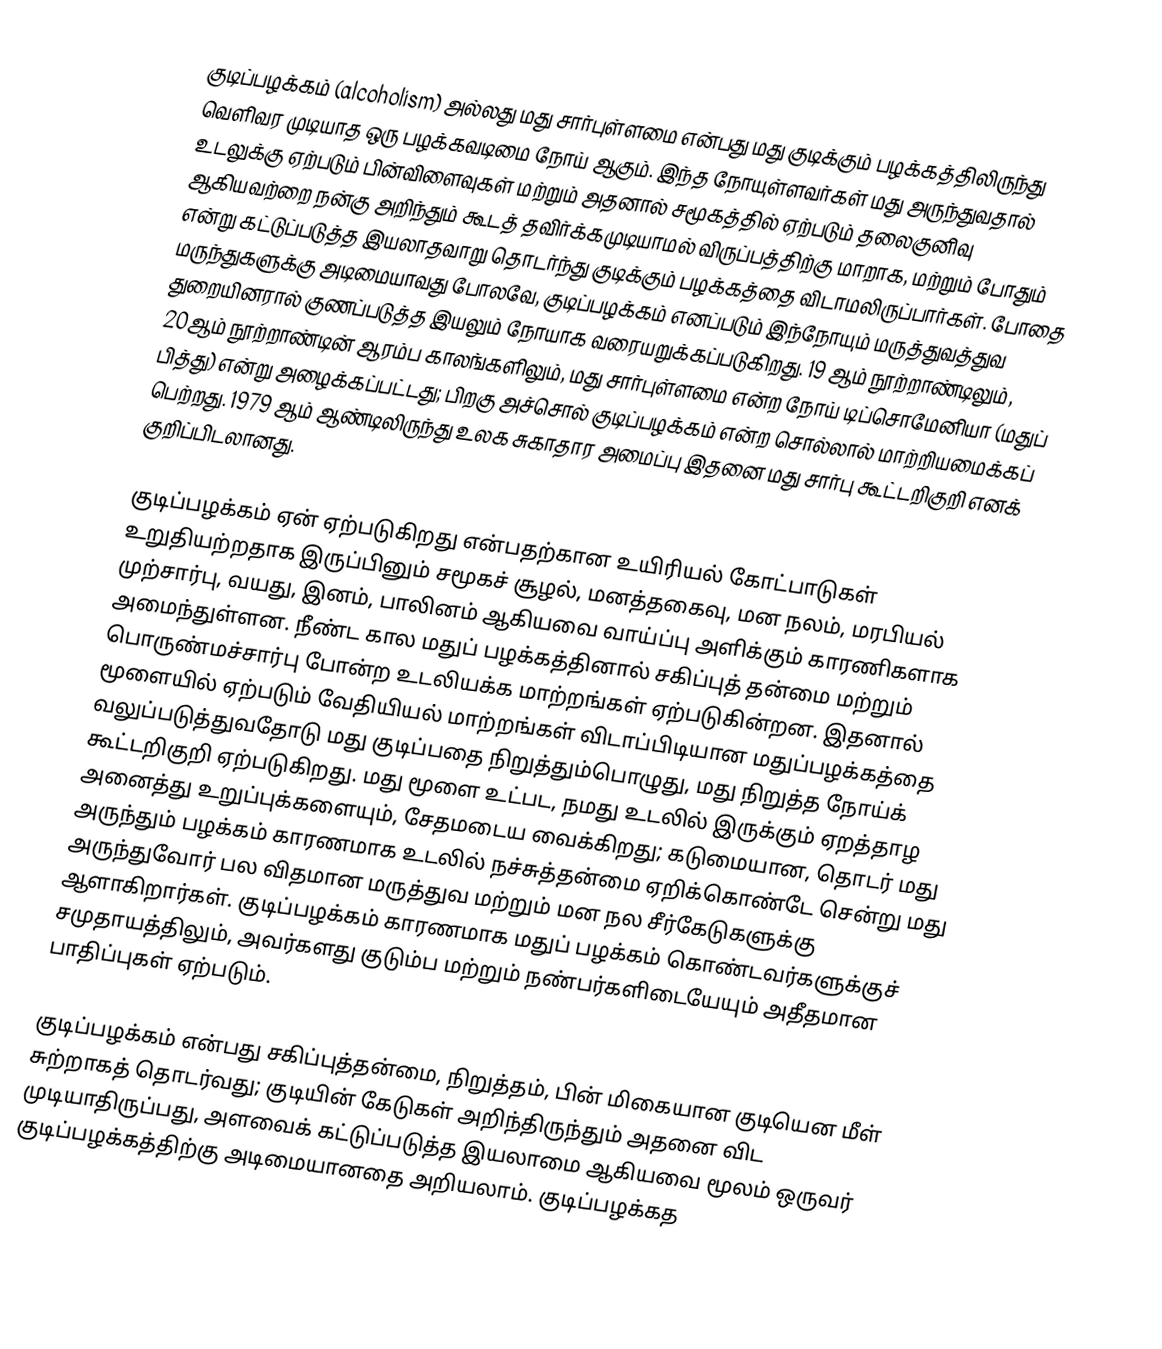
குடிப்பழக்கம் (alcoholism) அல்லது மது சார்புள்ளமை என்பது மது குடிக்கும் பழக்கத்திலிருந்து வெளிவர முடியாத ஒரு பழக்கவடிமை நோய் ஆகும். இந்த நோயுள்ளவர்கள் மது அருந்துவதால் உடலுக்கு ஏற்படும் பின்விளைவுகள் மற்றும் அதனால் சமூகத்தில் ஏற்படும் தலைகுனிவு ஆகியவற்றை நன்கு அறிந்தும் கூடத் தவிர்க்கமுடியாமல் விருப்பத்திற்கு மாறாக, மற்றும் போதும் என்று கட்டுப்படுத்த இயலாதவாறு  தொடர்ந்து குடிக்கும் பழக்கத்தை விடாமலிருப்பார்கள். போதை மருந்துகளுக்கு அடிமையாவது போலவே, குடிப்பழக்கம் எனப்படும் இந்நோயும் மருத்துவத்துவ துறையினரால்  குணப்படுத்த இயலும் நோயாக வரையறுக்கப்படுகிறது. 19 ஆம் நூற்றாண்டிலும், 20ஆம் நூற்றாண்டின் ஆரம்ப காலங்களிலும், மது சார்புள்ளமை என்ற நோய் டிப்சொமேனியா (மதுப் பித்து) என்று அழைக்கப்பட்டது; பிறகு அச்சொல் குடிப்பழக்கம் என்ற சொல்லால் மாற்றியமைக்கப் பெற்றது. 1979 ஆம் ஆண்டிலிருந்து உலக சுகாதார அமைப்பு இதனை மது சார்பு கூட்டறிகுறி எனக் குறிப்பிடலானது.

குடிப்பழக்கம் ஏன் ஏற்படுகிறது என்பதற்கான உயிரியல் கோட்பாடுகள் உறுதியற்றதாக இருப்பினும் சமூகச் சூழல், மனத்தகைவு, மன நலம், மரபியல் முற்சார்பு, வயது, இனம், பாலினம் ஆகியவை வாய்ப்பு அளிக்கும் காரணிகளாக அமைந்துள்ளன. நீண்ட கால மதுப் பழக்கத்தினால் சகிப்புத் தன்மை மற்றும் பொருண்மச்சார்பு போன்ற உடலியக்க மாற்றங்கள் ஏற்படுகின்றன. இதனால் மூளையில் ஏற்படும்  வேதியியல் மாற்றங்கள் விடாப்பிடியான மதுப்பழக்கத்தை வலுப்படுத்துவதோடு மது குடிப்பதை நிறுத்தும்பொழுது, மது நிறுத்த நோய்க் கூட்டறிகுறி ஏற்படுகிறது. மது மூளை உட்பட, நமது உடலில் இருக்கும் ஏறத்தாழ அனைத்து உறுப்புக்களையும், சேதமடைய வைக்கிறது; கடுமையான, தொடர் மது அருந்தும் பழக்கம் காரணமாக உடலில் நச்சுத்தன்மை ஏறிக்கொண்டே சென்று மது அருந்துவோர் பல விதமான மருத்துவ மற்றும் மன நல சீர்கேடுகளுக்கு ஆளாகிறார்கள். குடிப்பழக்கம் காரணமாக மதுப் பழக்கம் கொண்டவர்களுக்குச் சமுதாயத்திலும், அவர்களது குடும்ப மற்றும் நண்பர்களிடையேயும் அதீதமான பாதிப்புகள் ஏற்படும்.

குடிப்பழக்கம் என்பது சகிப்புத்தன்மை, நிறுத்தம், பின் மிகையான குடியென மீள் சுற்றாகத் தொடர்வது; குடியின் கேடுகள் அறிந்திருந்தும் அதனை விட முடியாதிருப்பது, அளவைக் கட்டுப்படுத்த இயலாமை ஆகியவை மூலம் ஒருவர் குடிப்பழக்கத்திற்கு அடிமையானதை அறியலாம். குடிப்பழக்கத